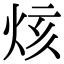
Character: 烗